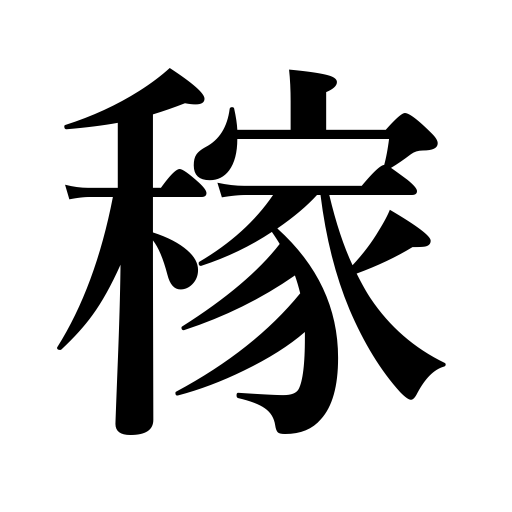
Meanings: earn money,work